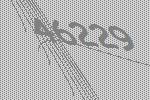
46229